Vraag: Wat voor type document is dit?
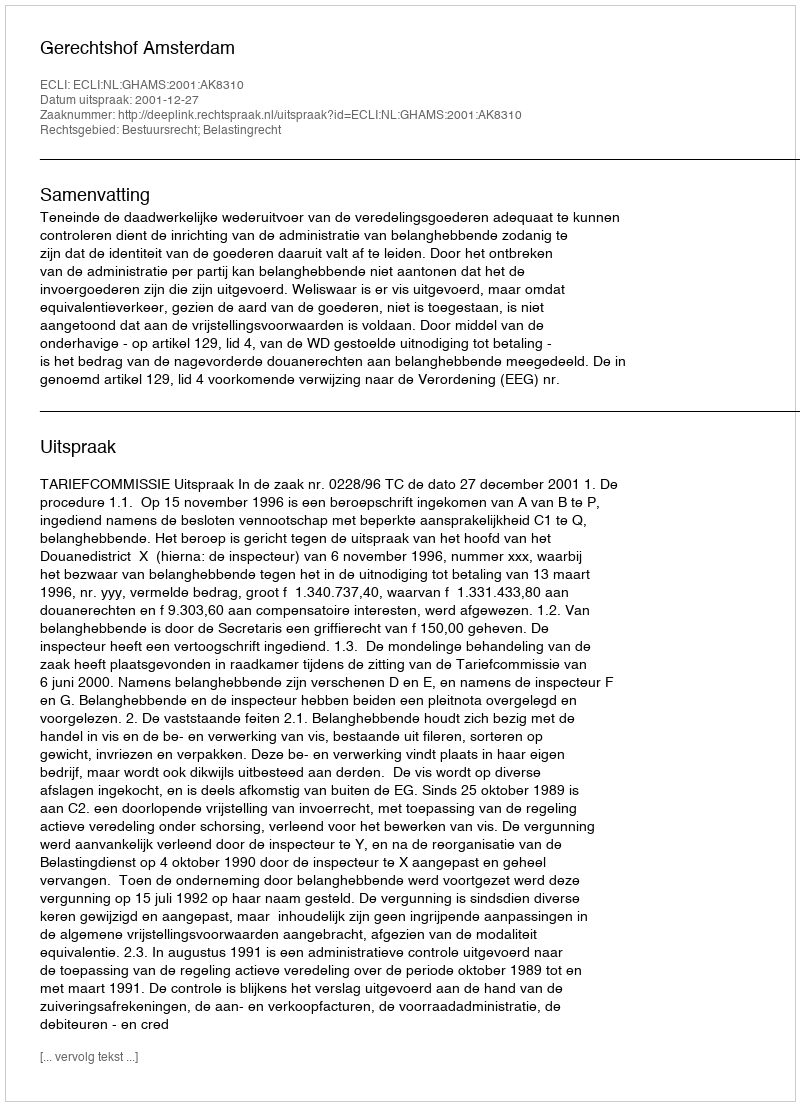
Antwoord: Uitspraak